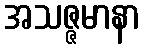
အသဇ္ဇမာနာ